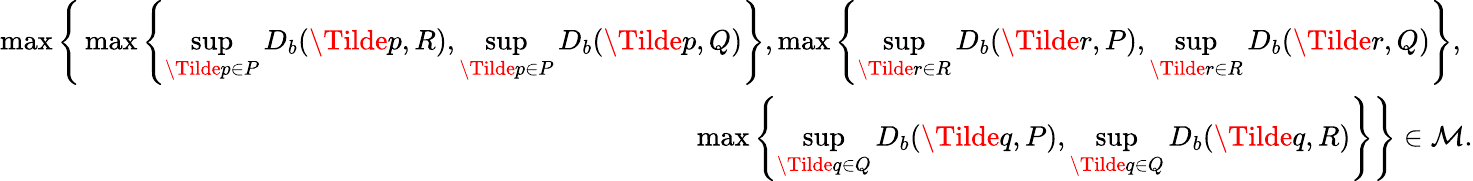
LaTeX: \begin{array}{r}{\operatorname*{max}\Bigg\{ \operatorname*{max}\left\{ \underset{\Tilde{p}\in P}{\operatorname*{sup}}D_{b}(\Tilde{p},R),\underset{\Tilde{p}\in P}{\operatorname*{sup}}D_{b}(\Tilde{p},Q)\right\} ,\operatorname*{max}\left\{ \underset{\Tilde{r}\in R}{\operatorname*{sup}}D_{b}(\Tilde{r},P),\underset{\Tilde{r}\in R}{\operatorname*{sup}}D_{b}(\Tilde{r},Q)\right\} ,\ }\\ {\operatorname*{max}\left\{ \underset{\Tilde{q}\in Q}{\operatorname*{sup}}D_{b}(\Tilde{q},P),\underset{\Tilde{q}\in Q}{\operatorname*{sup}}D_{b}(\Tilde{q},R)\right\} \Bigg\} \in\mathcal{M}.}\end{array}